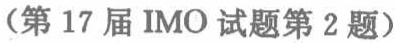
（第17届IMO试题第2题）